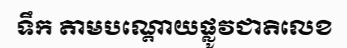
ទឹក តាមបណ្តោយផ្លូវជាតិលេខ